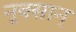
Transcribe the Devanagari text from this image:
नुक्सान्